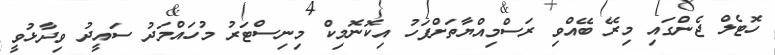
ހޮޓެލް ޖެންގައި މިރޭ ބޭއްވި ރަސްމިއްޔާތަށްފަހު އިކޮނޮމިކް މިނިސްޓަރު މުހައްމަދު ސައީދު ވިދާޅުވީ